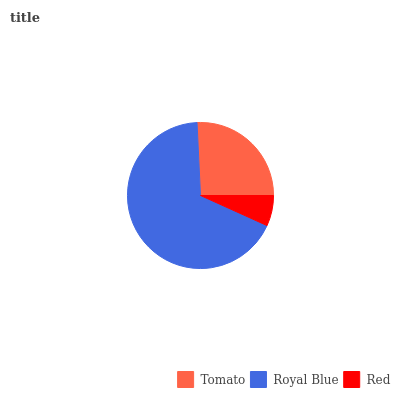
| Tomato | Royal Blue | Red |
 | --- | --- | --- |
 | 25.8% | 67.5% | 6.76% |